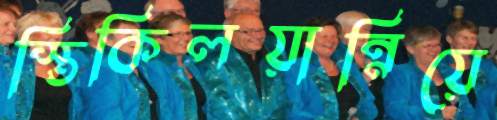
স্তিকিলয়ান্নিয়ে